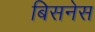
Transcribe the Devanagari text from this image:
बिसनेस